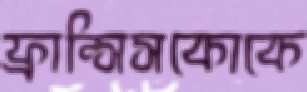
ফ্রান্সিসকোকে